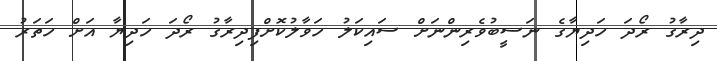
ދިރާގު ރޯދަ ހަދިޔާގެ ނަސީބުވެރިންނަށް ސައިކަލު ހަވާލުކޮށްފިދިރާގު ރޯދަ ހަދިޔާ އަށް ހަތަރު